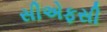
સીએફસી